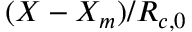
( X - { X _ { m } } ) / { R _ { c , 0 } }